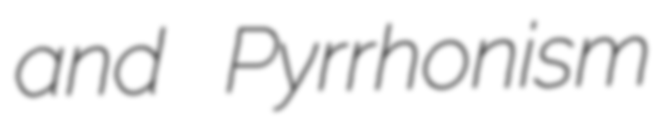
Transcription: and Pyrrhonism